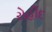
રોહીદ